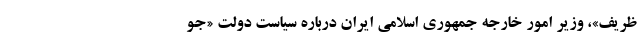
ظریف»، وزیر امور خارجه جمهوری اسلامی ایران درباره سیاست دولت «جو